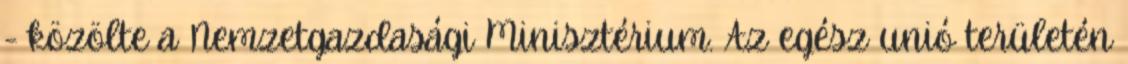
- közölte a Nemzetgazdasági Minisztérium. Az egész unió területén